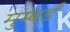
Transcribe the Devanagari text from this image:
मुम्बईं